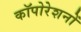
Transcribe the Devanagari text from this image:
कॉपोरेशनों